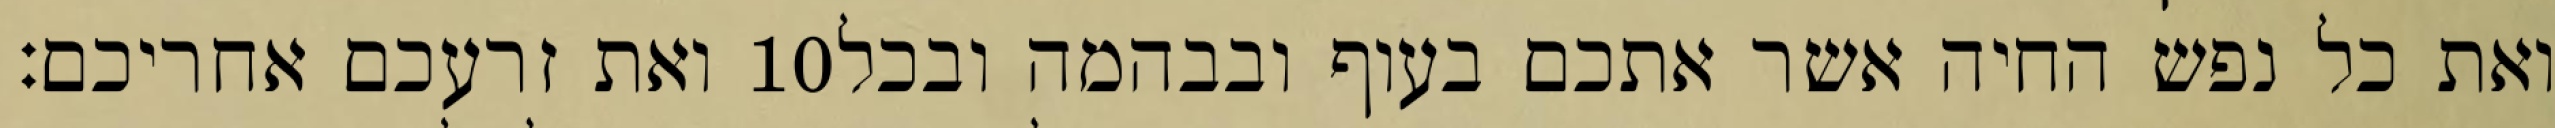
ואת זרעכם אחריכם׃ ‎10‏ ואת כל נפש החיה אשר אתכם בעוף ובבהמה ובכל